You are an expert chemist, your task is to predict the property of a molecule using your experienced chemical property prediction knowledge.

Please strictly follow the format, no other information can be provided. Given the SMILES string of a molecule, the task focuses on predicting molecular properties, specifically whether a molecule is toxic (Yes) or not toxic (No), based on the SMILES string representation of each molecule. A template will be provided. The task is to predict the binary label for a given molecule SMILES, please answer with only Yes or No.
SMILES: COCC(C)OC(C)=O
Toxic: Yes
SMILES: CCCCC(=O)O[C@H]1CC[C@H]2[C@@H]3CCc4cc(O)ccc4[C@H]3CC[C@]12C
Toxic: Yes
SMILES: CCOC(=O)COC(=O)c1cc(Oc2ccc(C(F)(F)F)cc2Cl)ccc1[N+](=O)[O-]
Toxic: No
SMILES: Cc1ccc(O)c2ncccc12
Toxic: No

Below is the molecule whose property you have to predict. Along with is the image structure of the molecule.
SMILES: CCOP(=S)(OCC)Oc1ccc([N+](=O)[O-])cc1
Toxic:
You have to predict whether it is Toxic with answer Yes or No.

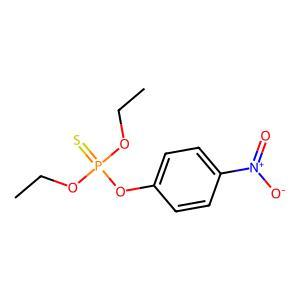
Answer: No